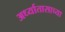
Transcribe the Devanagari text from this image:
अर्ध्यातासाच्या